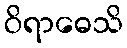
ဝိရာဓေသိ